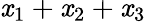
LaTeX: \mathit{x}_{1}+\mathit{x}_{2}+\mathit{x}_{3}